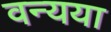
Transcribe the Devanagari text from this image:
वन्यया